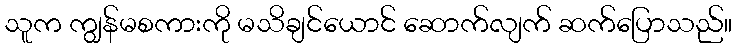
သူက ကျွန်မစကားကို မသိချင်ယောင် ဆောက်လျက် ဆက်ပြောသည်။